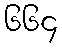
၆၆၄